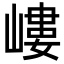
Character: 嶁